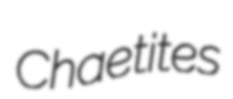
Chaetites